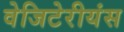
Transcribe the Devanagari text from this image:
वेजिटेरीयंस